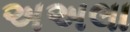
અઅલા